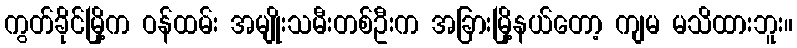
ကွတ်ခိုင်မြို့က ဝန်ထမ်း အမျိုးသမီးတစ်ဦးက အခြားမြို့နယ်တော့ ကျမ မသိထားဘူး။